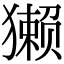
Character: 獭